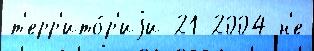
т'ерр'ито́р'иjи 21 2004 н'е